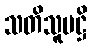
သတိသူပဋ္ဌိ